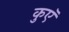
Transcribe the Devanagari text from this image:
कुएॅ